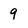
Character: 9